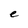
Character: e